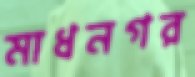
মাধনগর